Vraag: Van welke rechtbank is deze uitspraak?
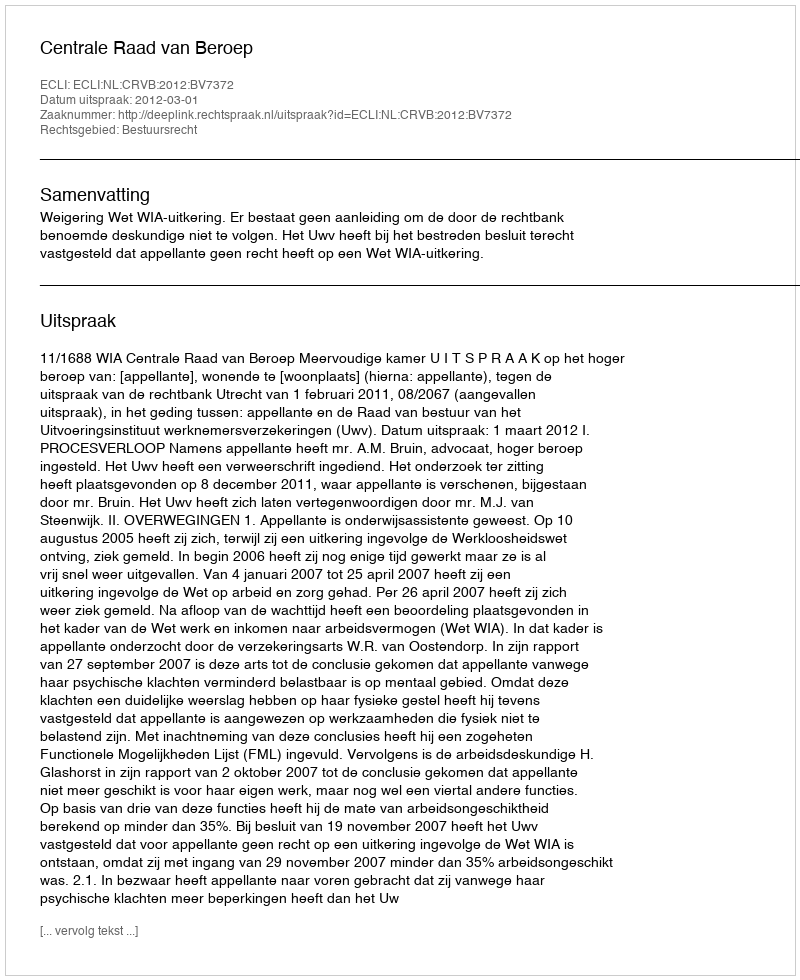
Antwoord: Centrale Raad van Beroep